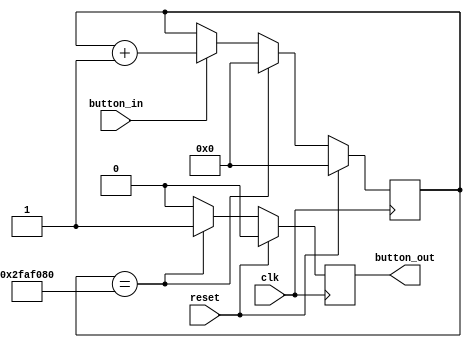
`timescale 1ns / 1ps
module debouncer (button_out, button_in, clk, reset);
  output reg button_out;
  input button_in, clk, reset;
  reg [40:0] counter;
  always @ (posedge clk) begin
    if (reset) begin
      counter <= 0;
      button_out <= 0;
    end
    else if (counter == 50000000) begin
      counter <= 0;
      button_out <= 1;
    end
    else if (button_in == 1) begin
      counter <= counter + 1;
      button_out <= 0;
    end
    else begin
      counter <= counter;
      button_out <= 0;
    end
  end
endmodule